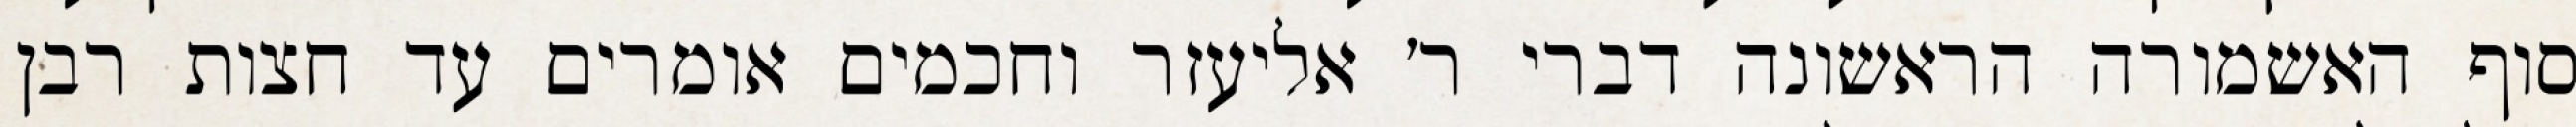
סוף האשמורה הראשונה דברי ר׳ אליעזר וחכמים אומרים עד חצות רבן